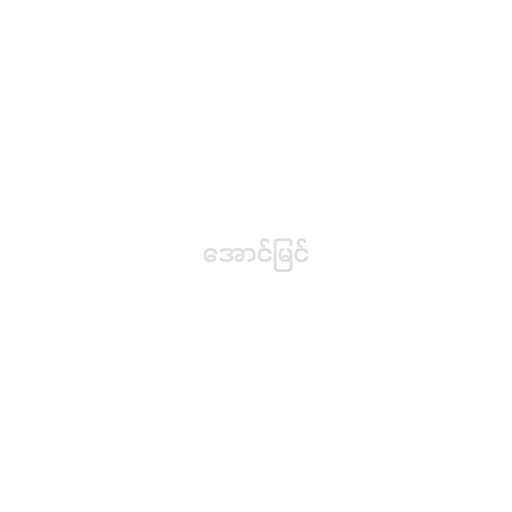
အောင်မြင်